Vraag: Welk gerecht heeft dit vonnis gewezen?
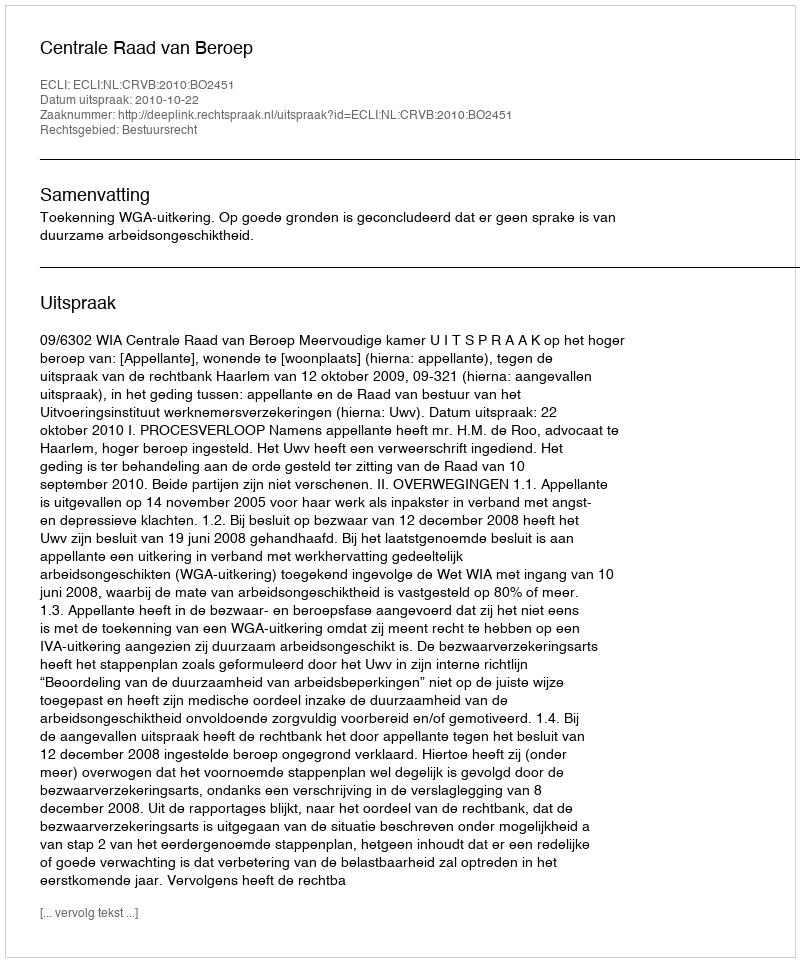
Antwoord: Centrale Raad van Beroep